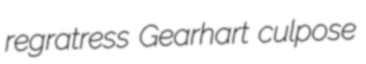
regratress Gearhart culpose